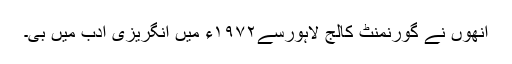
انھوں نے گورنمنٹ کالج لاہورسے۱۹۷۲ء میں انگریزی ادب میں بی۔